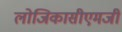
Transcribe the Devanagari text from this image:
लोजिकासीएमजी